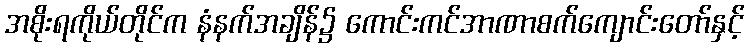
အစိုးရကိုယ်တိုင်က နံနက်အချိန်၌ ကောင်းကင်အာဏာစက်ကျောင်းတော်နှင့်